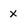
Character: x